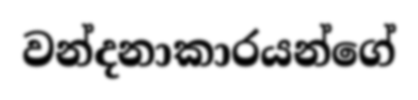
වන්දනාකාරයන්ගේ